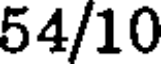
54/10